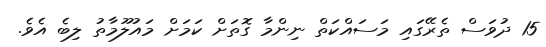
15 ދުވަސް ތެރޭގައި މަސައްކަތް ނިންމާ ގޮތަށް ކަމަށް މައުލޫމާތު ލިބެ އެވެ.